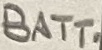
Text: BATT.